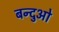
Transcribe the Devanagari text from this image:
बन्दुओ